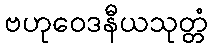
ဗဟုဝေဒနီယသုတ္တံ